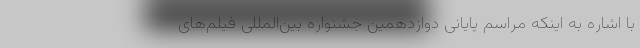
با اشاره به اینکه مراسم پایانی دوازدهمین جشنواره بین‌المللی فیلم‌های